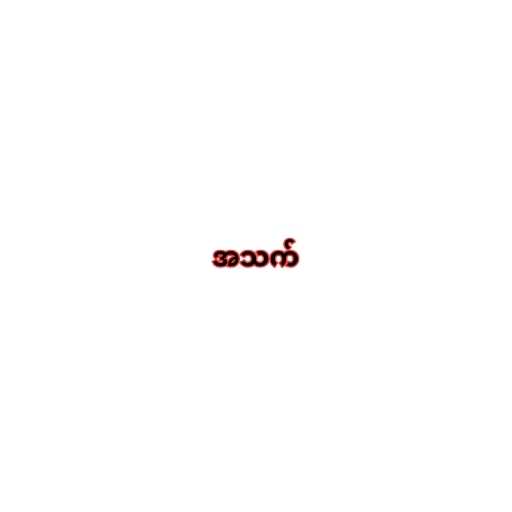
အသက်